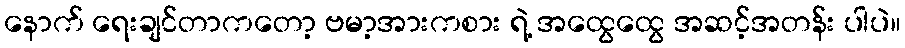
နောက် ရေးချင်တာကတော့ ဗမာ့အားကစား ရဲ့ အထွေထွေ အဆင့်အတန်း ပါပဲ။